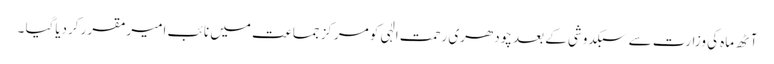
آٹھ ماہ کی وزارت سے سبکدوشی کے بعد چودھری رحمت الٰہی کو مرکز جماعت میں نائب امیرمقرر کردیاگیا ۔